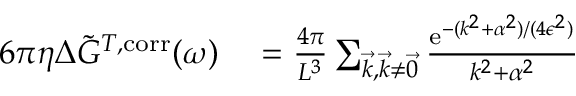
\begin{array} { r l } { 6 \pi \eta \Delta \Tilde { G } ^ { T , \mathrm { c o r r } } ( \omega ) } & { { } = \frac { 4 \pi } { L ^ { 3 } } \sum _ { \vec { k } , \vec { k } \neq \vec { 0 } } \frac { \mathrm { e } ^ { - ( k ^ { 2 } + \alpha ^ { 2 } ) / ( 4 \epsilon ^ { 2 } ) } } { k ^ { 2 } + \alpha ^ { 2 } } } \end{array}